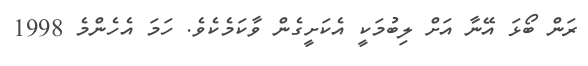
ރަން ބޯޅަ އޭނާ އަށް ލިބުމަކީ އެކަށީގެން ވާކަމެކެވެ. ހަމަ އެހެންމެ 1998